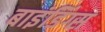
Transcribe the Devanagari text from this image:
बाइंडिंग्स